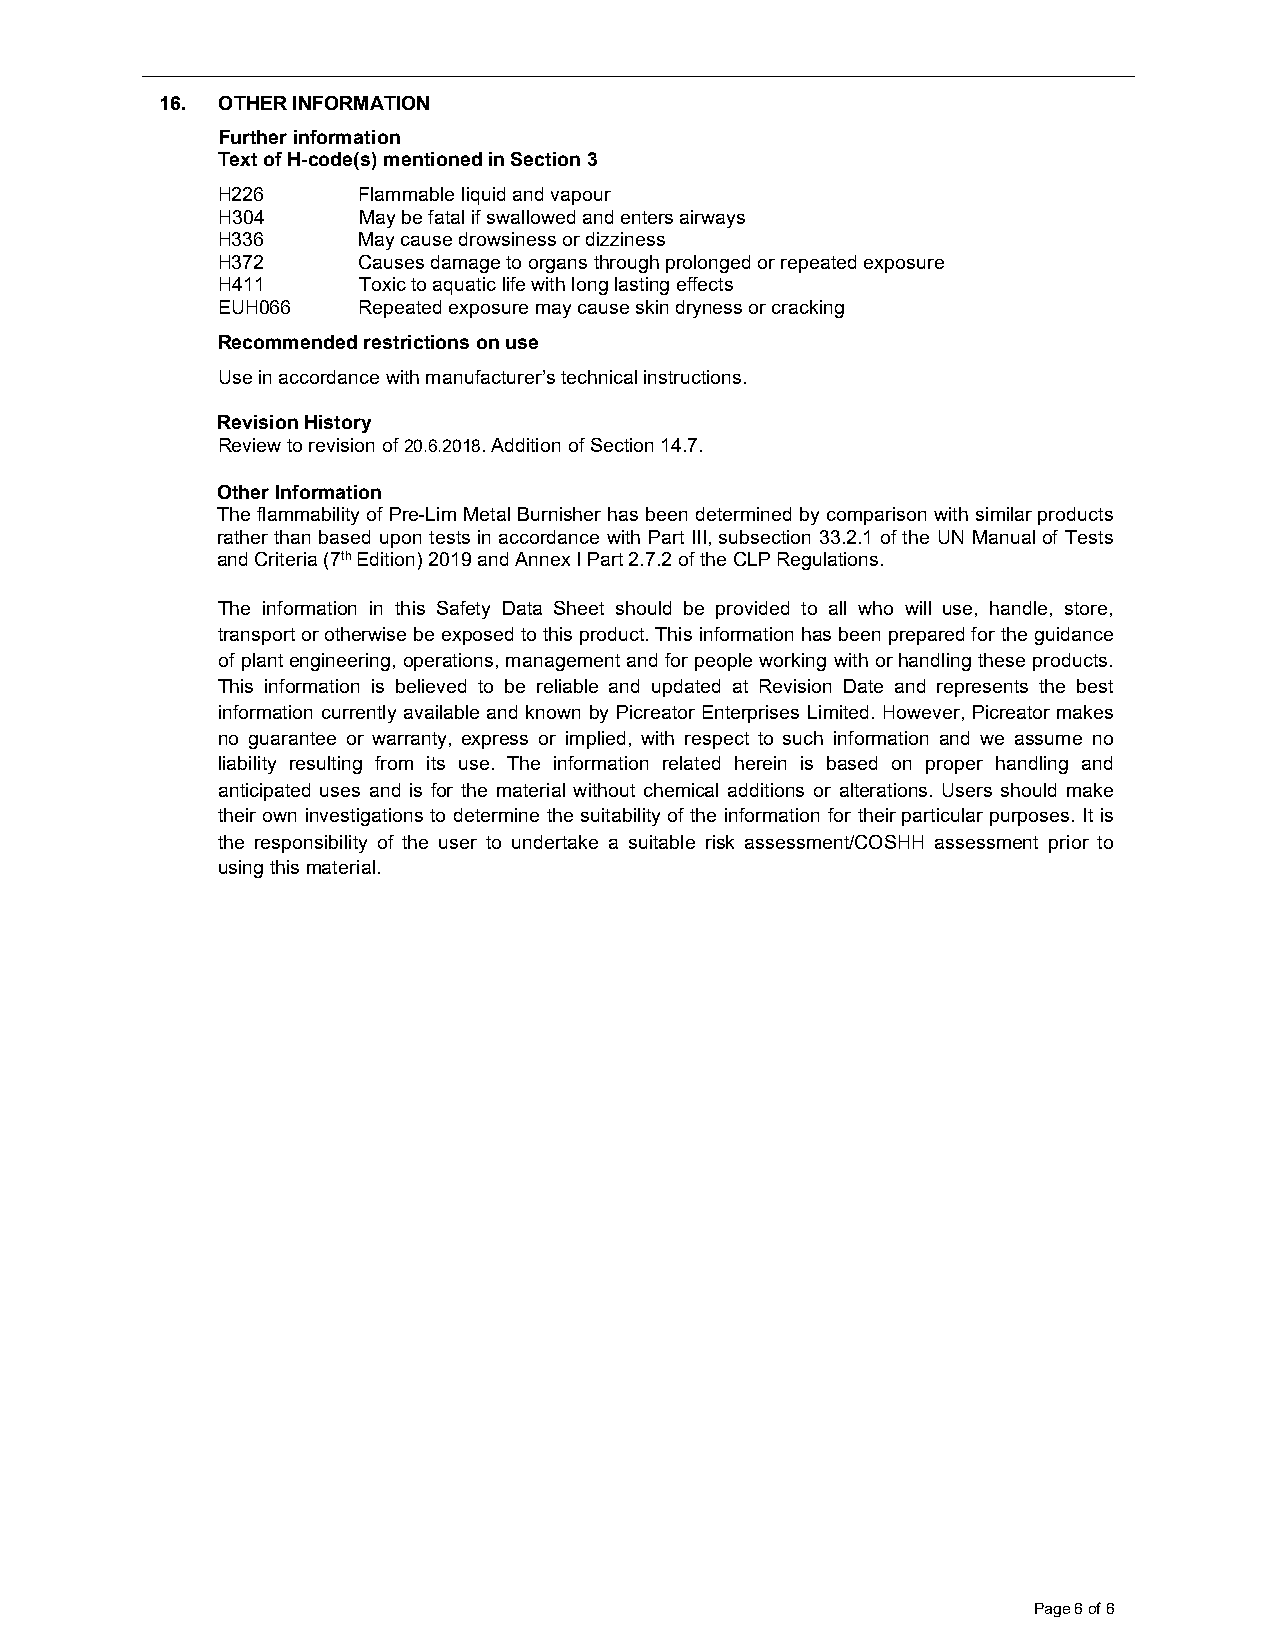
16. OTHER INFORMATION
 Further information
 Text of H-code(s) mentioned in Section 3
 H226      Flammable liquid and vapour
 H304      May be fatal if swallowed and enters airways
 H336      May cause drowsiness or dizziness
 H372      Causes damage to organs through prolonged or repeated exposure
 H411      Toxic to aquatic life with long lasting effects
 EUH066    Repeated exposure may cause skin dryness or cracking
 Recommended restrictions on use
 Use in accordance with manufacturer’s technical instructions.
 Revision History
 Review to revision of 20.6.2018. Addition of Section 14.7.
 Other Information
 The flammability of Pre-Lim Metal Burnisher has been determined by comparison with similar products
 rather than based upon tests in accordance with Part III, subsection 33.2.1 of the UN Manual of Tests
 and Criteria (7th Edition) 2019 and Annex I Part 2.7.2 of the CLP Regulations.
 The information in this Safety Data Sheet should be provided to all who will use, handle, store,
 transport or otherwise be exposed to this product. This information has been prepared for the guidance
 of plant engineering, operations, management and for people working with or handling these products.
 This information is believed to be reliable and updated at Revision Date and represents the best
 information currently available and known by Picreator Enterprises Limited. However, Picreator makes
 no guarantee or warranty, express or implied, with respect to such information and we assume no
 liability resulting from its use. The information related herein is based on proper handling and
 anticipated uses and is for the material without chemical additions or alterations. Users should make
 their own investigations to determine the suitability of the information for their particular purposes. It is
 the responsibility of the user to undertake a suitable risk assessment/COSHH assessment prior to
 using this material.
 Page 6 of 6